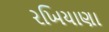
રખિયાણા